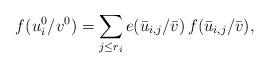
LaTeX: \begin{align*}f(u_{i}^{0}/v^{0}) &= \sum_{j\leq r_{i}}e(\bar{u}_{i,j}/\bar{v})\,f(\bar{u}_{i,j}/\bar{v}), \end{align*}